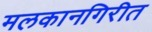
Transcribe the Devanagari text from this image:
मलकानगिरीत